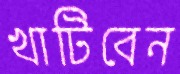
খাটিবেন